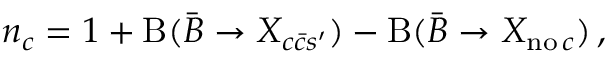
n _ { c } = 1 + \mathrm { B } ( \bar { B } \to X _ { c \bar { c } s ^ { \prime } } ) - \mathrm { B } ( \bar { B } \to X _ { \mathrm { n o } \, c } ) \, ,